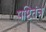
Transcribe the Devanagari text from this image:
षष्टितंत्र